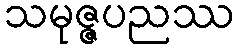
သမုဇ္ဇပညဿ